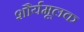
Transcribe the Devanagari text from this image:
शौर्यमूलक